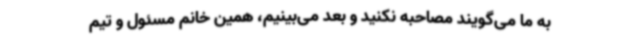
به ما می‌گویند مصاحبه نکنید و بعد می‌بینیم، همین خانم مسئول و تیم